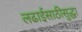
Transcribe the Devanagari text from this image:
लढाईसाठीसुद्धा